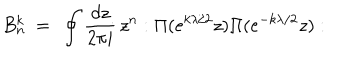
LaTeX: B _ { n } ^ { k } \ = \ \oint { \frac { d z } { 2 \pi i } } \, z ^ { n } : \Pi ( e ^ { k \lambda / 2 } z ) \Pi ( e ^ { - k \lambda / 2 } z ) :